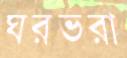
ঘরভরা